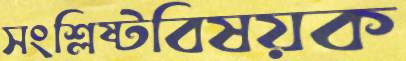
সংশ্লিষ্টবিষয়ক